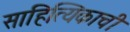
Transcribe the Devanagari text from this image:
साहित्यिकाची